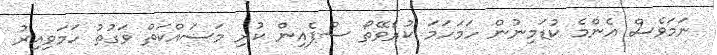
ނަމަވެސް އެންމެ ކުޑަމިނުން ހަމަހަމަ ކުރެވޭތޯ ސްޕެއިން ކުރި މަސައްކަތް ވަގުތު ހަމަވިއިރު